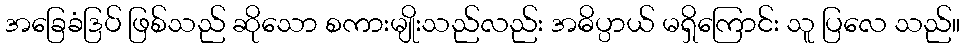
အခြေခံဒြပ် ဖြစ်သည် ဆိုသော စကားမျိုးသည်လည်း အဓိပ္ပာယ် မရှိကြောင်း သူ ပြလေ သည်။